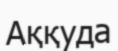
Аққуда